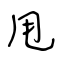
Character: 甩